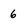
Character: 6